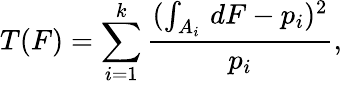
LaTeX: T(F)=\sum_{i=1}^{k}{\frac{(\int_{A_{i}}\, dF-p_{i})^{2}}{p_{i}}},